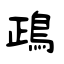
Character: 鴊